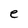
Character: e